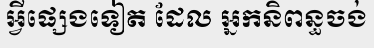
អ្វីផ្សេងទៀត ដែល អ្នកនិពន្ធចង់